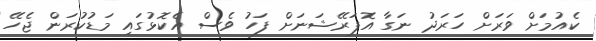
ކެއުމަށް ވަރަށް ހަރަދު ނަގާ އޮޕަރޭޝަނަށް ފަހު ވެސް އެކޮޅުގައި މަޑުކުރަން ޖެހޭ